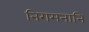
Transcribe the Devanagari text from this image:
निगमनानि